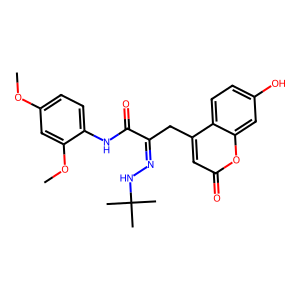
SMILES: COc1ccc(NC(=O)C(Cc2cc(=O)oc3cc(O)ccc23)=NNC(C)(C)C)c(OC)c1
Inhibits HIV replication: No